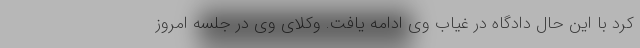
کرد با این حال دادگاه در غیاب وی ادامه یافت. وکلای وی در جلسه امروز